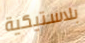
بلاستيكية